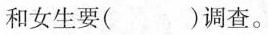
和女生要( )调查。